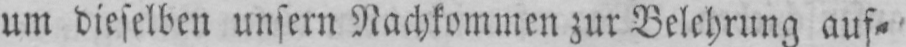
um dieselben unsern Nachkommen zur Belehrung auf⸗